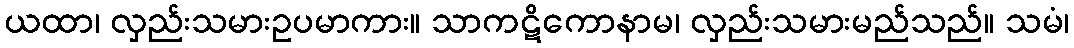
ယထာ၊ လှည်းသမားဥပမာကား။ သာကဋိကောနာမ၊ လှည်းသမားမည်သည်။ သမံ၊